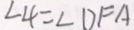
\angle 4 = \angle D F A